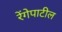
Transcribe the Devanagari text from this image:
रेंगेपाटील